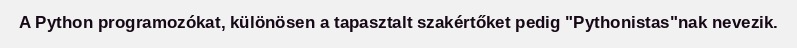
A Python programozókat, különösen a tapasztalt szakértőket pedig "Pythonistas"nak nevezik.